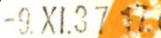
-9.XI.37 17.